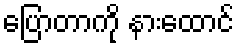
ပြောတာကို နားထောင်